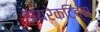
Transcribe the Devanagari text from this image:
डायरेकटिव्स